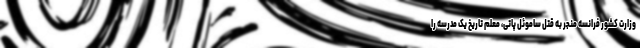
وزارت کشور فرانسه منجر به قتل ساموئل پاتی، معلم تاریخ یک مدرسه را